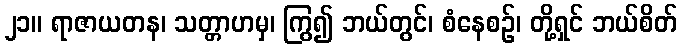
၂၁။ ရာဇာယတန၊ သတ္တာဟမှ၊ ကြွ၍ ဘယ်တွင်၊ စံနေစဉ်၊ တို့ရှင် ဘယ်စိတ်